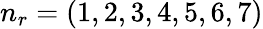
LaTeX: n_{r}=(1,2,3,4,5,6,7)